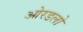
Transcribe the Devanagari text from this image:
ओरडलो